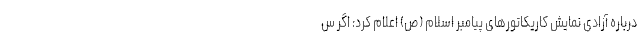
درباره آزادی نمایش کاریکاتورهای پیامبر اسلام (ص) اعلام کرد: اگر س